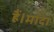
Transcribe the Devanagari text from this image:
हैं।मादा